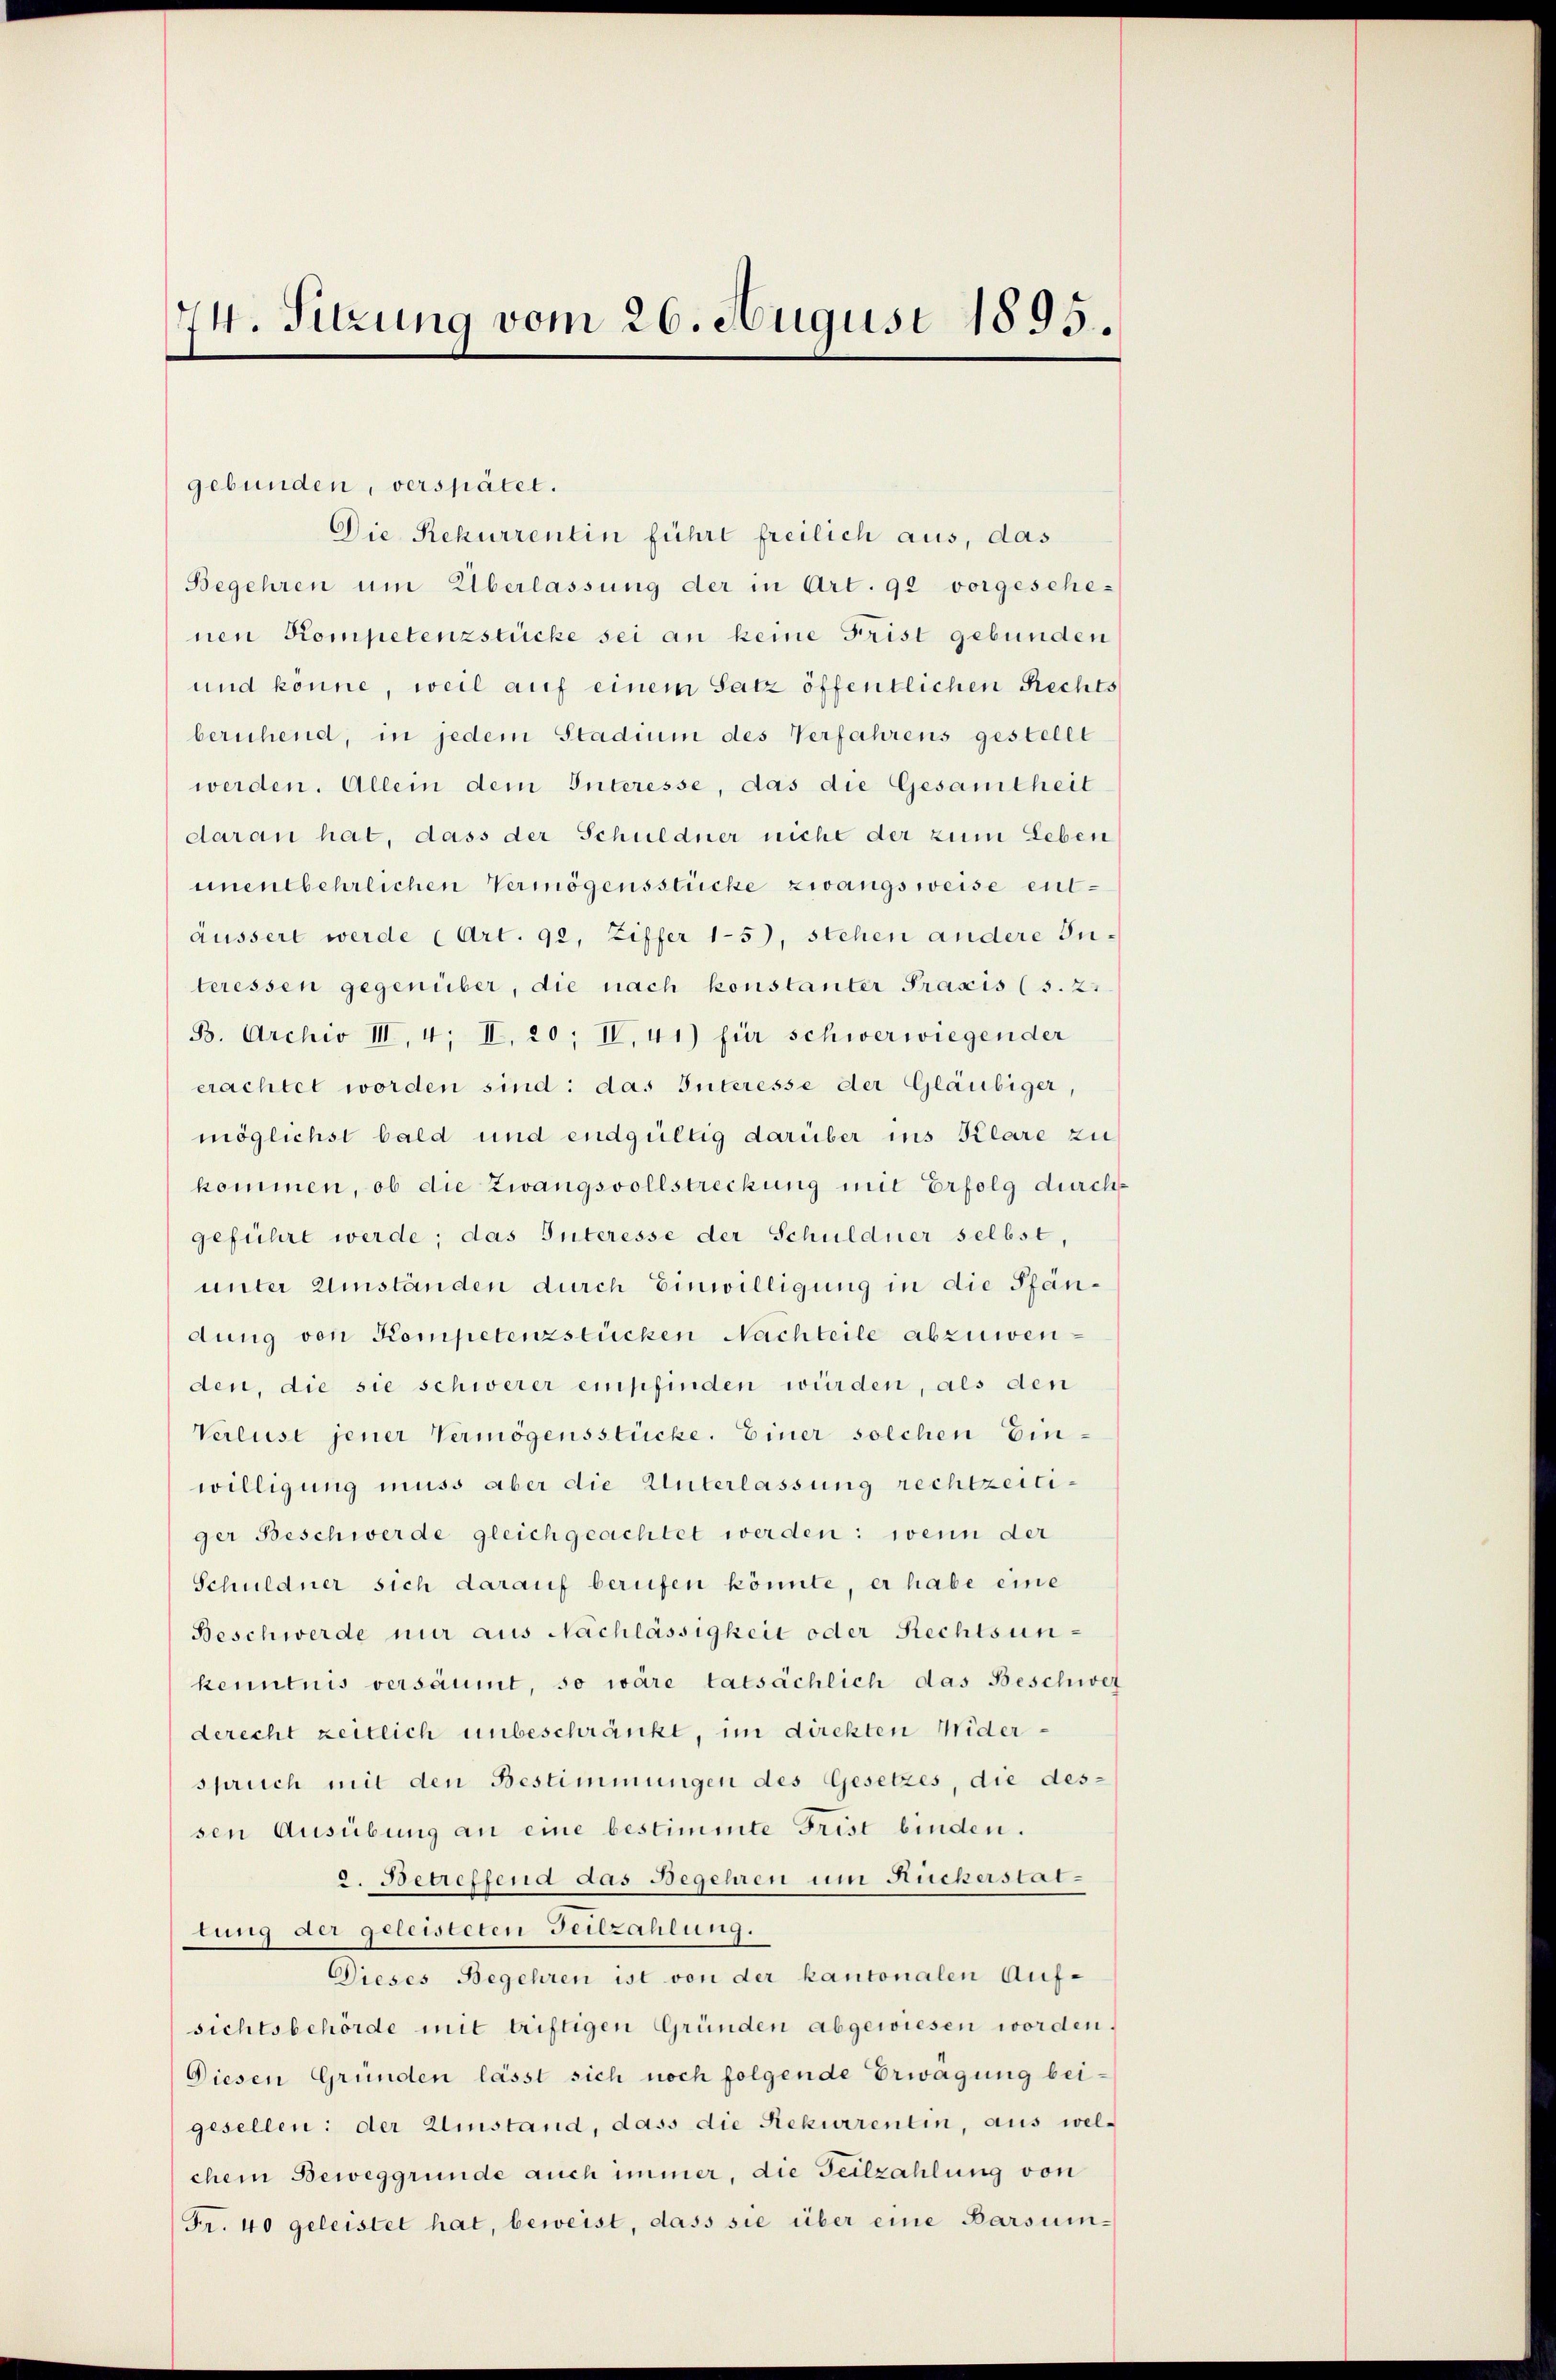
74. Sitzung vom 26. August 1895.

gebunden, verspätet.
Begehren um Überlassung der in Art. 92 vorgeschenen Kompetenzstücke sei an keine Frist gebunden
und könne, weil auf einem Satz öffentlichen Rechts
beruhend, in jedem Stadium des Verfahrens gestellt
werden. Allein dem Interesse, das die Gesamtheit
daran hat, dass der Schuldner nicht der zum Leben
unentbehrlichen Vermögensstücke zwangsweise entäussert werde (Art. 92, Ziffer 15), stehen andere Interessen gegenüber, die nach konstanter Prasis (s. 21
B. Archiv III, 4, II. 20, IV, 41) für schwerwiegender
erachtet worden sind: das Interesse der Gläubiger,
möglichst bald und endgültig darüber ins Klare zu
kommen, ob die Zwangsvollstreckung mit Erfolg durch
geführt werde; das Interesse der Schuldner selbst,
unter Umständen durch Einwilligung in die Pfändung von Kompetenzstücken Nachteile abzuwenden, die sie schwerer empfinden würden, als den
Verlust jener Vermögensstücke. Einer solchen Einwilligung muss aber die Unterlassung rechtzeitiger Beschwerde gleichgeachtet werden: wenn der
Schuldner sich darauf berufen könnte, er habe eine
Beschwerde nur aus Nachlässigkeit oder Rechtsunkenntnis versäumt, so wäre tatsächlich das Beschwer
derecht zeitlich unbeschränkt, im direkten Widerspruch mit den Bestimmungen des Gesetzes, die des-
sen Ausübung an eine bestimmte Frist binden.
2. Betreffend das Begehren um Rückerstattung der geleisteten Feilzahlung.
Dieses Begehren ist von der kantonalen Auf-
sichtsbehörde mit triftigen Gründen abgewiesen worden.
Diesen Gründen lässt sich noch folgende Erwägung beigesellen: der Einstand, dass die Rekurrentin, aus wel-
chem Beweggründe auch immer, die Teilzahlung von
Fr. 40 geleistet hat, beweist, dass sie über eine Barsum¬

Die Rekurrentin führt freilich aus, das

s